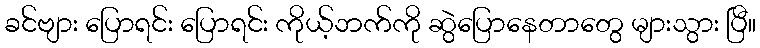
ခင်ဗျား ပြောရင်း ပြောရင်း ကိုယ့်ဘက်ကို ဆွဲပြောနေတာတွေ များသွား ပြီ။